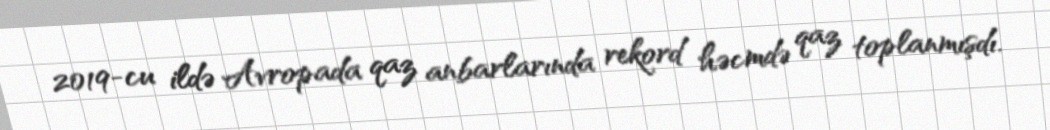
2019-cu ildə Avropada qaz anbarlarında rekord həcmdə qaz toplanmışdı.